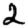
Digit: 2